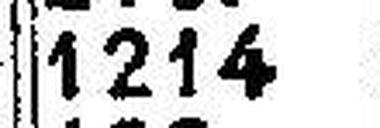
1214